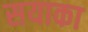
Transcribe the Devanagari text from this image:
सयाका